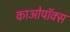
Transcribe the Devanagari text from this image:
काओपॉक्स